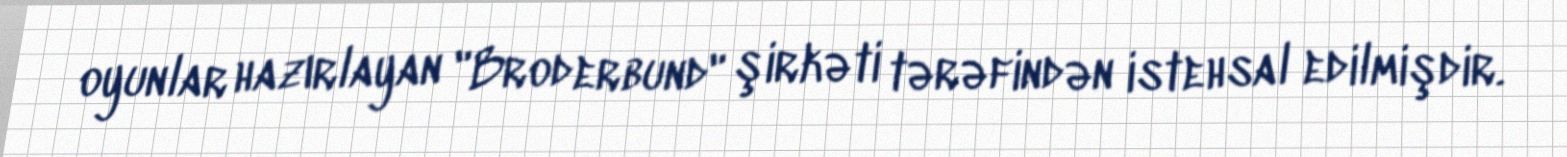
oyunlar hazırlayan "Broderbund" şirkəti tərəfindən istehsal edilmişdir.